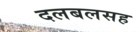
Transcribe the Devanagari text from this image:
दलबलसह